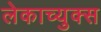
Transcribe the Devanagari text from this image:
लेकाच्युक्स